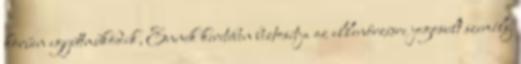
körűen együttműködik, Ennek keretében biztosítja az ellenőrzésre jogosult személy